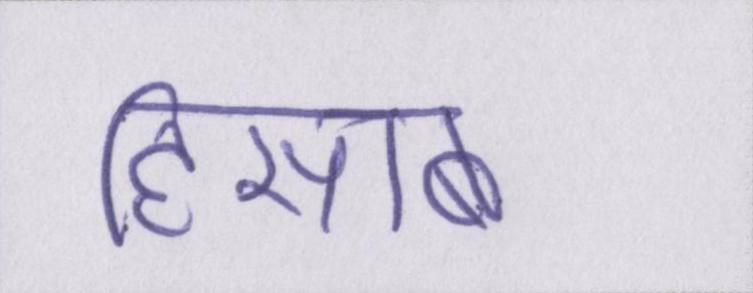
हिसाब